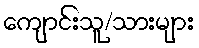
ကျောင်းသူ/သားများ